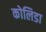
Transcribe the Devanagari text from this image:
कोलिडा